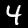
Digit: 4